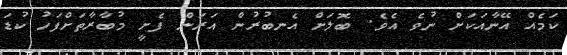
ކަމެއް އޭނާއަކަށް ނުވެ އެވެ. ބޮލަށް އެނބުުރުން އަރަން ފެށީ މުބާރާތަށްފަހު ކުޑަ